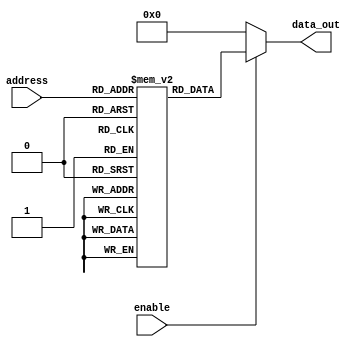
module parameterized_rom #(
    parameter ADDR_WIDTH = 4,  // Address width (number of addressable entries = 2^ADDR_WIDTH)
    parameter DATA_WIDTH = 8    // Data width (number of bits in each data entry)
) (
    input  wire [ADDR_WIDTH-1:0] address, // Address input
    input  wire enable,                   // Enable signal
    output reg  [DATA_WIDTH-1:0] data_out  // Data output
);

    // ROM initialization with predefined constant values
    reg [DATA_WIDTH-1:0] rom_memory [0:(1<<ADDR_WIDTH)-1]; // Declare ROM memory

    // Initial block to load ROM data
    initial begin
        // Example initialization, modify as needed
        rom_memory[0]  = 8'h00; // Entry 0
        rom_memory[1]  = 8'h01; // Entry 1
        rom_memory[2]  = 8'h02; // Entry 2
        rom_memory[3]  = 8'h03; // Entry 3
        rom_memory[4]  = 8'h04; // Entry 4
        rom_memory[5]  = 8'h05; // Entry 5
        rom_memory[6]  = 8'h06; // Entry 6
        rom_memory[7]  = 8'h07; // Entry 7
        // Add more entries as needed based on ADDR_WIDTH
    end

    // Combinational logic for reading from ROM
    always @(*) begin
        if (enable) begin
            data_out = rom_memory[address]; // Read data from ROM
        end else begin
            data_out = {DATA_WIDTH{1'b0}};   // Output zero when not enabled (can be modified if needed)
        end
    end

endmodule